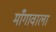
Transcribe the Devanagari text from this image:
माँगावाला